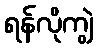
ရန်လိုကျွဲ